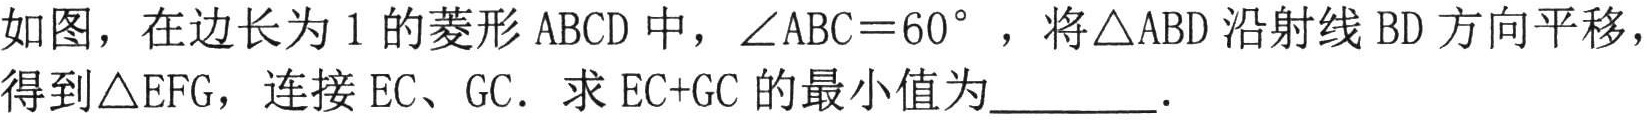
如图，在边长为1的菱形ABCD中，$\angle ABC = 60^{\circ}$，将$\triangle ABD$沿射线BD方向平移，得到$\triangle EFG$，连接EC、GC．求$EC + GC$的最小值为________．